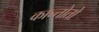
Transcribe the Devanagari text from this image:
कान्तोतो